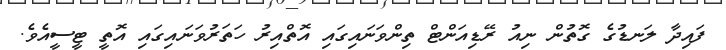
ފައިދާ ލަނޑުގެ ގޮތުން ނިއު ރޭޑިއަންޓް ތިންވަނައިގައި އޮތްއިރު ހަތަރުވަނައިގައި އޮތީ ޓީސީއެވެ.